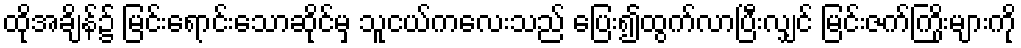
ထိုအချိန်၌ မြင်းရောင်းသောဆိုင်မှ သူငယ်ကလေးသည် ပြေး၍ထွက်လာပြီးလျှင် မြင်းဇက်ကြိုးများကို